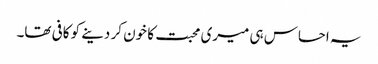
یہ احساس ہی میری محبت کا خون کر دینے کو کافی تھا۔